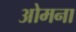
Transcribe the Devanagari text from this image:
ओमना